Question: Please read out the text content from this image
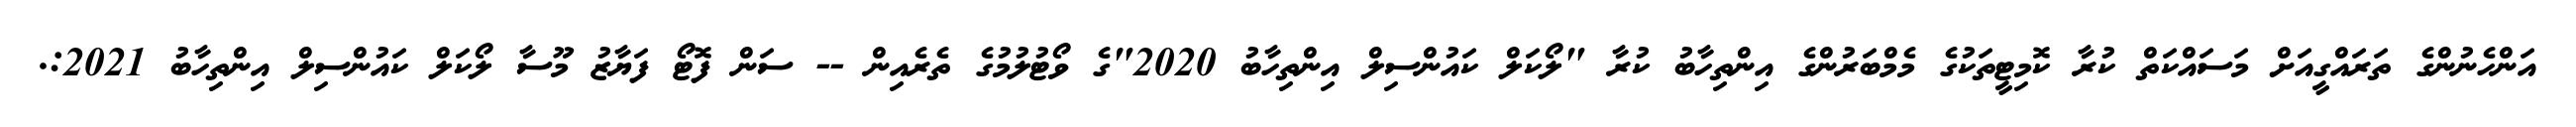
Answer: އަންހެނުންގެ ތަރައްގީއަށް މަސައްކަތް ކުރާ ކޮމިޓީތަކުގެ މެމްބަރުންގެ އިންތިހާބު ކުރާ "ލޯކަލް ކައުންސިލް އިންތިހާބު 2020"ގެ ވޯޓުލުމުގެ ތެރެއިން -- ސަން ފޮޓޯ ފަޔާޒު މޫސާ ލޯކަލް ކައުންސިލް އިންތިހާބު 2021:.